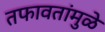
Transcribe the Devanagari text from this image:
तफावतांमुळे